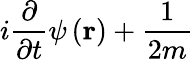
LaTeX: i\frac{\partial}{\partial t}\psi\left(\mathbf{r}\right)+\frac{1}{2m}